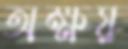
অক্ষয়